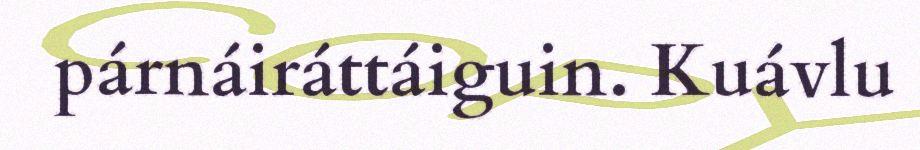
párnáiráttáiguin. Kuávlu